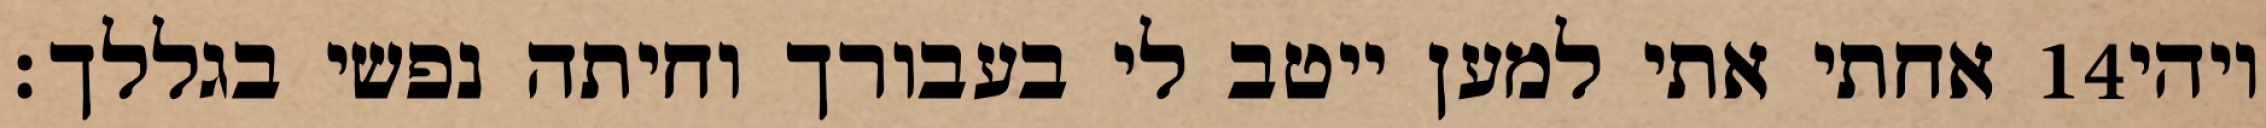
אחתי אתי למען ייטב לי בעבורך וחיתה נפשי בגללך׃ ‎14‏ ויהי